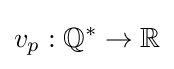
v_{p}:\mathbb {Q} ^{*}\to \mathbb {R}